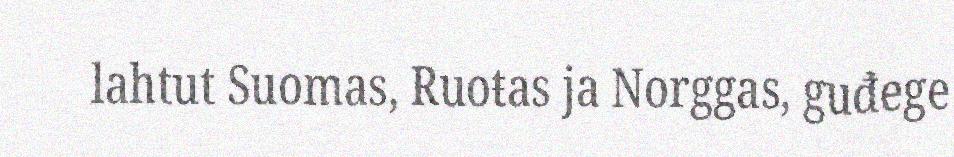
lahtut Suomas, Ruoŧas ja Norggas, guđege